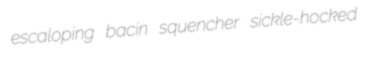
escaloping bacin squencher sickle-hocked